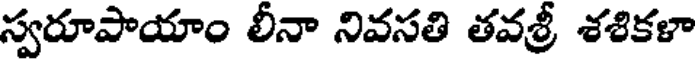
స్వరూపాయాం లీనా నివసతి తవశ్రీ శశికళా